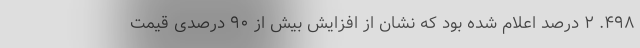
۴۹۸. ۲ درصد اعلام شده بود که نشان از افزایش بیش از ۹۰ درصدی قیمت